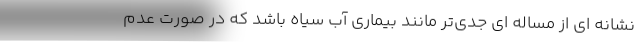
نشانه ای از مساله ای جدی‌تر مانند بیماری آب سیاه باشد که در صورت عدم